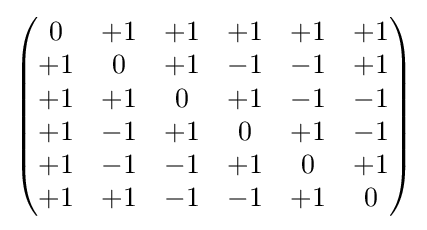
{\begin{pmatrix}0&+1&+1&+1&+1&+1\\+1&0&+1&-1&-1&+1\\+1&+1&0&+1&-1&-1\\+1&-1&+1&0&+1&-1\\+1&-1&-1&+1&0&+1\\+1&+1&-1&-1&+1&0\end{pmatrix}}